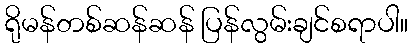
ရိုမန်တစ်ဆန်ဆန် ပြန်လွမ်းချင်စရာပါ။